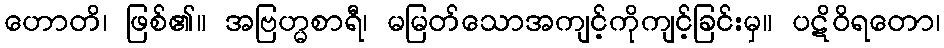
ဟောတိ၊ ဖြစ်၏။ အဗြဟ္မစာရီ၊ မမြတ်သောအကျင့်ကိုကျင့်ခြင်းမှ။ ပဋိဝိရတော၊